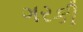
ગરકી